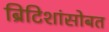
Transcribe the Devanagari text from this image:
ब्रिटिशांसोबत